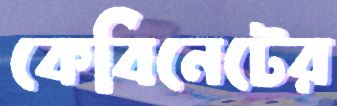
কেবিনেটের